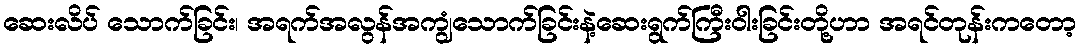
ဆေးလိပ် သောက်ခြင်း၊ အရက်အလွန်အကျွံသောက်ခြင်းနဲ့ဆေးရွက်ကြီးဝါးခြင်းတို့ဟာ အရင်တုန်းကတော့